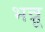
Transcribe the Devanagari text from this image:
भन्नू